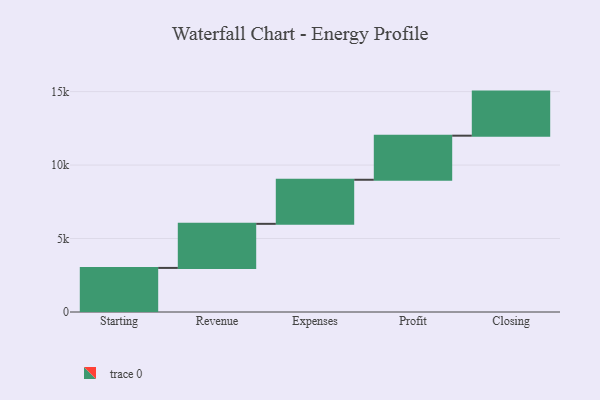
{"axis": {"x": "Step", "y": "Value"}, "legend": [""], "data": [{"x": "Starting", "y": 3000, "type": ""}, {"x": "Revenue", "y": 3000, "type": ""}, {"x": "Expenses", "y": 3000, "type": ""}, {"x": "Profit", "y": 3000, "type": ""}, {"x": "Closing", "y": 3000, "type": ""}]}